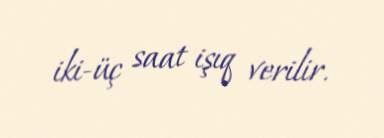
iki-üç saat işıq verilir.